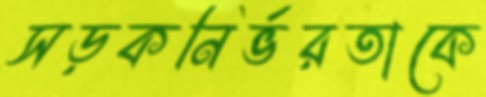
সড়কনির্ভরতাকে